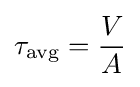
\tau _{\text{avg}}={\frac {V}{A}}